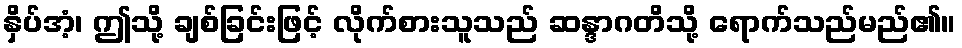
နှိပ်အံ့၊ ဤသို့ ချစ်ခြင်းဖြင့် လိုက်စားသူသည် ဆန္ဒာဂတိသို့ ရောက်သည်မည်၏။